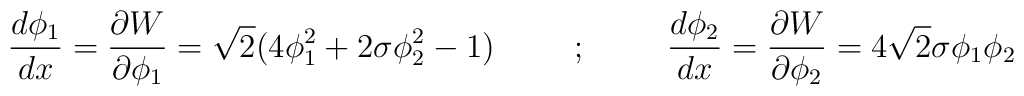
\frac{d \phi_1}{d x} =\frac{\partial W}{\partial \phi_1}= \sqrt{2}(4 \phi_1^2+2 \sigma \phi_2^2-1) \hspace{1cm};\hspace{1cm} \frac{d\phi_2}{d x} =\frac{\partial W}{\partial \phi_2}=4 \sqrt{2} \sigma\phi_1 \phi_2